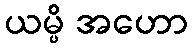
ယမ္ပိ အဟော